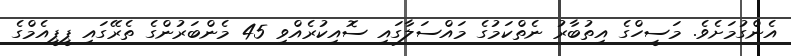
އެންގުމަށެވެ. މަސީހްގެ އިތުބާރު ނެތްކަމުގެ މައްސަލާގައި ސޮއިކުރެއްވި 45 މެންބަރުންގެ ތެރޭގައި ޕީޕީއެމްގެ